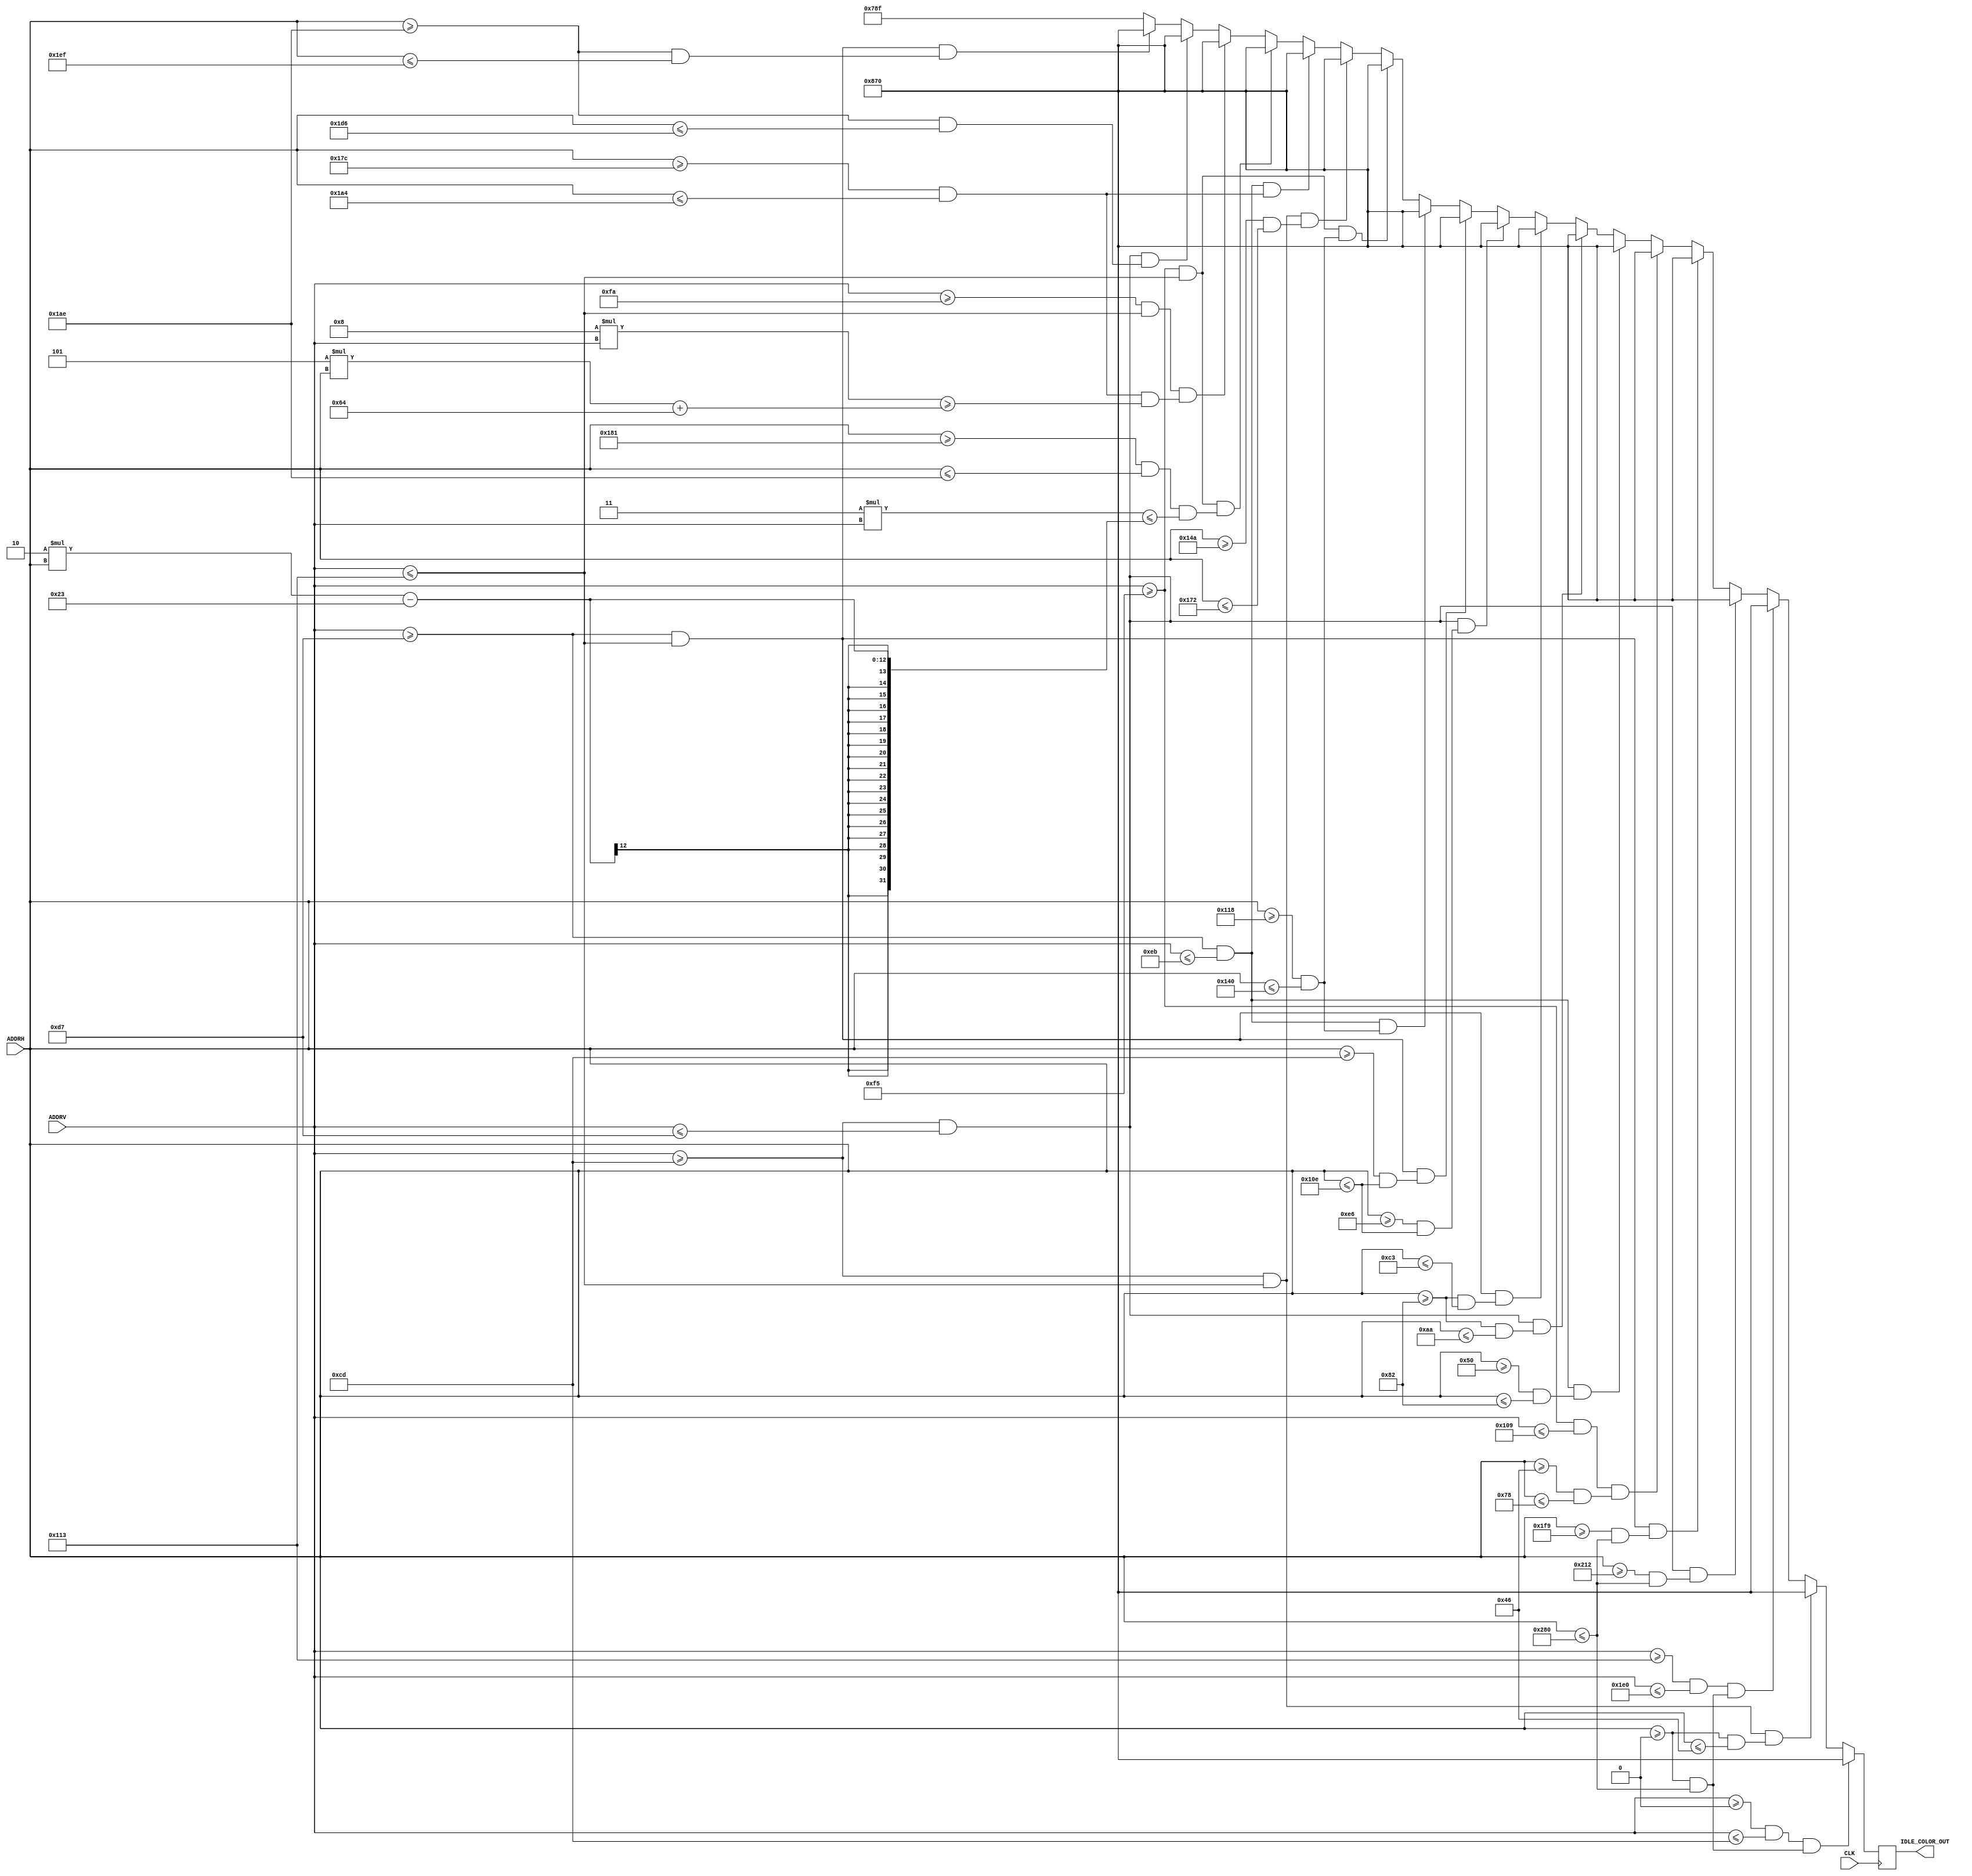
module IDLE_Start(
   input CLK,
   input [9:0] ADDRH,   
   input [8:0] ADDRV,   
   output [11:0] IDLE_COLOR_OUT
   
   );
   
 
   parameter PINK = 12'h78f;
   
   assign IDLE_COLOR_OUT = colour_in;
   
   reg [11:0] colour_in;     //final input color put into VGA interface 
   
   always@(posedge CLK) begin  
                   // give layout
                  if (  ( (ADDRV >= 0) && ( ADDRV <= 205)) && ((ADDRH >= 0) && (ADDRH <= 640)) )                  
                        colour_in <= ~PINK;
                        
                    else if (  ( (ADDRV >= 205) && ( ADDRV <=275)) && ((ADDRH >= 0) && (ADDRH <=70)) )
                         colour_in <= ~PINK;
                    else if (  ( (ADDRV >= 275) && ( ADDRV <= 480)) && ((ADDRH >= 0) && (ADDRH <=640)) )
                         colour_in <= ~PINK;      
                      
                    else if (  ( (ADDRV >= 205) && ( ADDRV <= 215)) && ((ADDRH >= 530) && (ADDRH <= 640)) )
                         colour_in <= ~PINK;
                    else if (  ( (ADDRV >= 215) && ( ADDRV <= 275)) && ((ADDRH >= 505) && (ADDRH <= 640)) )
                         colour_in <= ~PINK;
                              
                    else if (  ( (ADDRV >= 245) && ( ADDRV <= 265)) && ((ADDRH >= 70) && (ADDRH <= 120)) )
                        colour_in <= ~PINK;
                    else if (  ( (ADDRV >= 215) && ( ADDRV <= 235)) && ((ADDRH >= 80) && (ADDRH <= 130)) )
                        colour_in <= ~PINK;                  
                    
                    else if (  ( (ADDRV >= 205) && ( ADDRV <= 215)) && ((ADDRH >=130) && (ADDRH <= 170)) )
                         colour_in <= ~PINK;
                    else if (  ( (ADDRV >= 215) && ( ADDRV <= 275)) && ((ADDRH >= 130) && (ADDRH <= 195)) )
                       colour_in <= ~PINK;
                    else if (  ( (ADDRV >= 205) && ( ADDRV <= 215)) && ((ADDRH >= 230) && (ADDRH <= 270)) )
                       colour_in <= ~PINK;
                    else if (  ( (ADDRV >= 215) && ( ADDRV <= 275)) && ((ADDRH >= 205) && (ADDRH <= 270)) )
                       colour_in <= ~PINK;                
    
                    else if (  ( (ADDRV >= 215) && ( ADDRV <= 235)) && ((ADDRH >= 280) && (ADDRH <= 320)) )
                         colour_in <= ~PINK;
                    else if (  ( (ADDRV >= 245) && ( ADDRV <= 275)) && ((ADDRH >= 280) && (ADDRH <= 320)))
                         colour_in <= ~PINK;
                    else if (  ( (ADDRV >= 205) && ( ADDRV <= 275)) && ((ADDRH >= 330) && (ADDRH <= 370)) )
                        colour_in <= ~PINK;
                    else if (  ( (ADDRV >= 215) && ( ADDRV <= 235)) && ((ADDRH >= 380) && (ADDRH <= 420)) )
                         colour_in <= ~PINK;                  
                         
                     else if (  ( (ADDRV >= 245) && ( ADDRV <= 275)) && ((ADDRH >= 385) && (ADDRH <= 430)&&(3*ADDRV<=2*ADDRH-35)) )
                          colour_in <= ~PINK;
                     else if (  ( (ADDRV >= 250) && ( ADDRV <= 275)) && ((ADDRH >= 380) && (ADDRH <= 420)&&(8*ADDRV>=5*ADDRH+100)) )
                         colour_in <= ~PINK;
                     else if (  ( (ADDRV >= 205) && ( ADDRV <= 215)) && ((ADDRH >= 430) && (ADDRH <= 470)) )
                         colour_in <= ~PINK;
                     else if (  ( (ADDRV >= 215) && ( ADDRV <= 275)) && ((ADDRH >= 430) && (ADDRH <= 495)) )
                         colour_in <= ~PINK;                                     
                   
                    
                    else
                       colour_in <= PINK;  
  
              
    end
endmodule